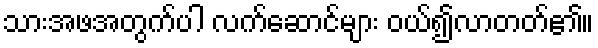
သားအဖအတွက်ပါ လက်ဆောင်များ ဝယ်၍လာတတ်၏။